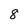
Character: 8